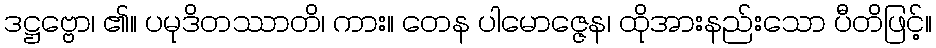
ဒဋ္ဌဗ္ဗော၊ ၏။ ပမုဒိတဿာတိ၊ ကား။ တေန ပါမောဇ္ဇေန၊ ထိုအားနည်းသော ပီတိဖြင့်။